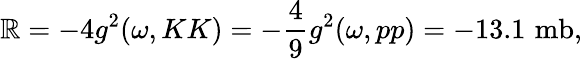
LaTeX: \mathbb{R}=-4g^{2}(\omega,KK)=-\frac{{4}}{{9}}g^{2}(\omega,pp)=-13.1\, \, \mathrm{{mb}},